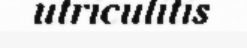
utriculitis